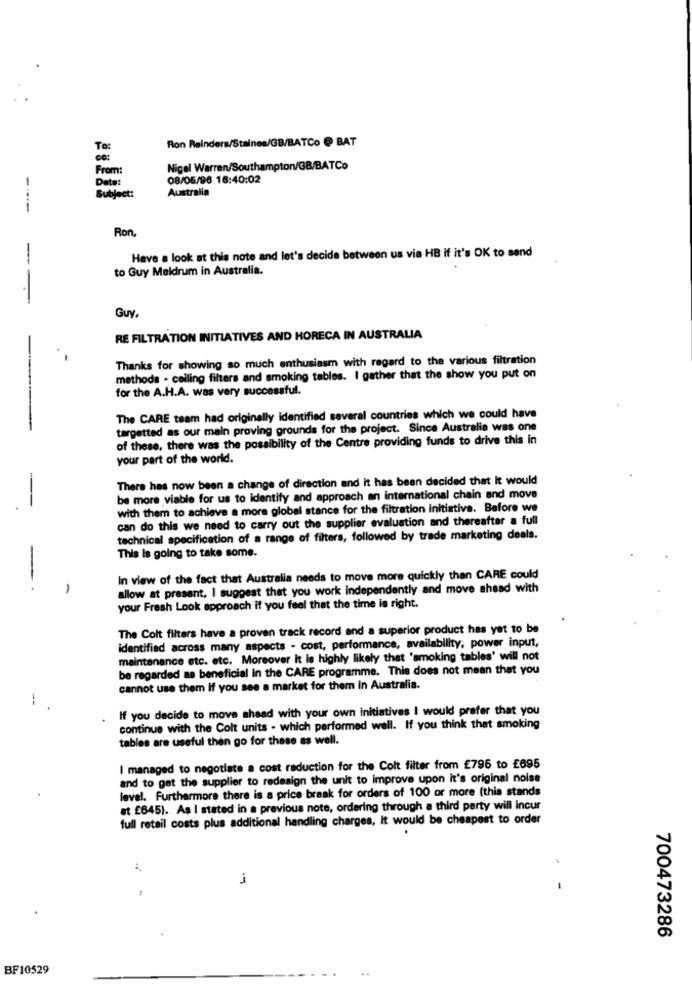
Ron Reinders/Staines/GB/BATCO @ BAT
To:
From:
Nigel Warren/Southampton/GB/BATCo
Date:
08/05/96 16:40:02
Subject:
Australia
-----
Ron
Have a look at this note and let's decide between us via HB if it's OK to send
to Guy Meldrum in Australia.
--
Guy.
RE FILTRATION INITIATIVES AND HORECA IN AUSTRALIA
Thanks for showing so much enthusiasm with regard to the various filtration
methods - ceiling filters and smoking tables. I gather that the show you put on
for the A.H.A. was very successful.
The CARE team had originally identified several countries which we could have
targetted as our main proving grounds for the project. Since Australia was one
of these, there was the possibility of the Centre providing funds to drive this in
your part of the world.
There has now been a change of direction and it has been decided that it would
--
be more viable for us to identify and approach an international chain and move
with them to achieve a more global stance for the filtration initiative. Before we
can do this we need to carry out the supplier evaluation and thereafter a full
technical specification of a range of filters, followed by trade marketing deals.
This Is going to take some.
In view of the fact that Australia needs to move more quickly than CARE could
-
-
allow at present. I suggest that you work independently and move ahead with
your Fresh Look approach if you feel that the time is right.
The Colt filters have a proven track record and a superior product has yet to be
identified across many aspects - cost, performance, availability, power input,
maintenance etc. etc. Moreover it is highly likely that 'smoking tables' will not
be regarded as beneficial in the CARE programme. This does not mean that you
cannot use them If you see a market for them in Australia.
-
If you decide to move ahead with your own initiatives I would prefer that you
continue with the Colt units - which performed well. If you think that smoking
tables are useful then go for these as well.
I managed to negotiate a cost reduction for the Colt filter from £796 to £695
and to get the supplier to redesign the unit to improve upon it's original noise
level. Furthermore there is a price break for orders of 100 or more (this stands
at £645). As I stated in a previous note, ordering through a third party will Incur
full retail costs plus additional handling charges, It would be cheapest to order
1
.
700473286
BF10529